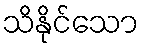
သိနိုင်သော